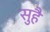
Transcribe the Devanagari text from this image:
सुहै